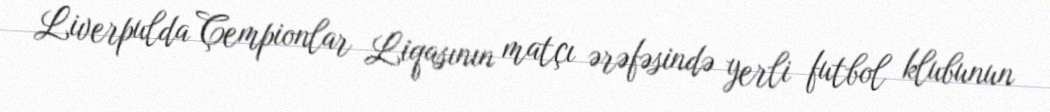
Liverpulda Çempionlar Liqasının matçı ərəfəsində yerli futbol klubunun